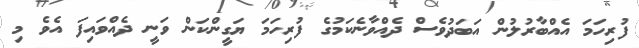
ފުރިހަމަ އެއްބާރުލުން އަބަދުވެސް ދެއްވާނެކަމުގެ ފުރިހަމަ ޔަގީންކަން ވަނީ ދެއްވައިފަ އެވެ މި